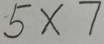
5 \times 7